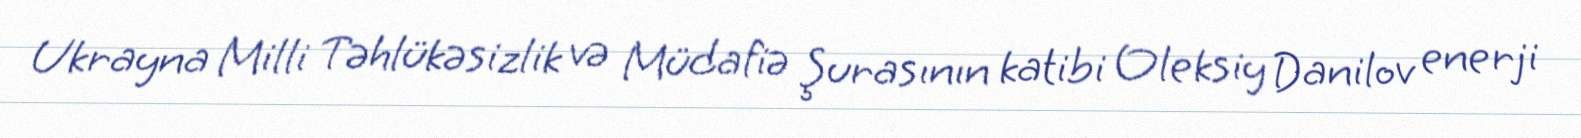
Ukrayna Milli Təhlükəsizlik və Müdafiə Şurasının katibi Oleksiy Danilov enerji